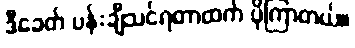
ဒီခေတ် ပန်းချီသင်ရတာထက် ပိုကြာတယ်။